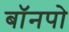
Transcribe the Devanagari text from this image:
बॉनपो